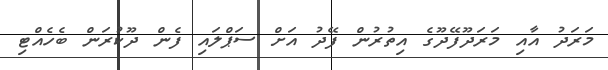
މަރަދު އާއި މަރަދޫފޭދޫގެ އިތުރުން ފޭދު އަށް ސަޕްލައި ފެން ދޫކުރަން ބެހެއްޓި